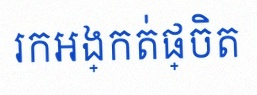
រកអង្កត់ផ្ចិត